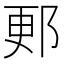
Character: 郠